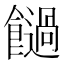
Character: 𩟂